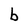
Character: b